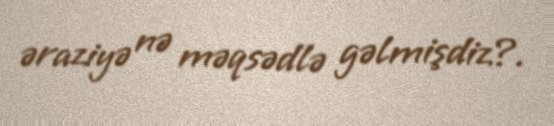
əraziyə nə məqsədlə gəlmişdiz?.